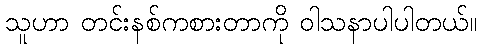
သူဟာ တင်းနစ်ကစားတာကို ဝါသနာပါပါတယ်။